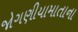
જોગણીયામાતાના